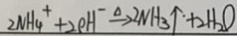
2 N H _ { 4 } ^ { + } + 2 e H ^ { - \xrightarrow { \Delta } } 2 N H _ { 3 } \uparrow + 2 H _ { 2 } O